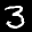
Label: 3